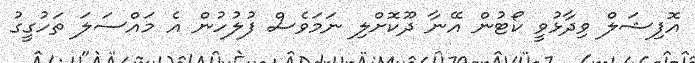
އޮފިޝަލް ވިދާޅުވީ ކޯޓުން އޭނާ ދޫކޮށްލި ނަމަވެސް ފުލުހުން އެ މައްސަލަ ތަހުގީގު